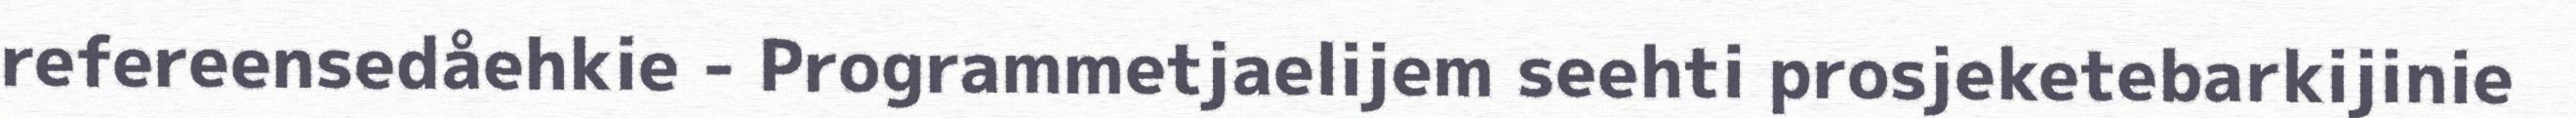
refereensedåehkie - Programmetjaelijem seehti prosjeketebarkijinie